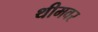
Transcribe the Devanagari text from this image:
थीमवर